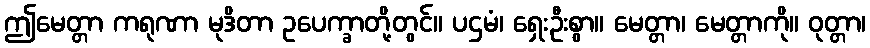
ဤမေတ္တာ ကရုဏာ မုဒိတာ ဥပေက္ခာတို့တွင်။ ပဌမံ၊ ရှေးဦးစွာ။ မေတ္တာ၊ မေတ္တာကို။ ဝုတ္တာ၊